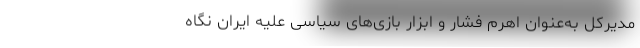
مديركل به‌عنوان اهرم فشار و ابزار بازی‌های سياسی عليه ايران نگاه